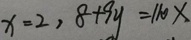
x = 2 , 8 + 9 y = 1 1 0 x